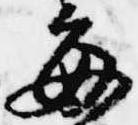
毎